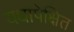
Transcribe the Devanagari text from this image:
यथापेक्षित